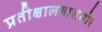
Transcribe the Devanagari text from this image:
प्रतीक्षालयासमोर